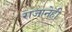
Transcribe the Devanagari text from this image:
राजानेही